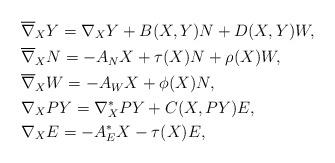
LaTeX: \begin{align*} &\overline{\nabla}_{X}Y=\nabla_{X}Y+B(X,Y)N+D(X,Y)W,\\ &\overline{\nabla}_{X}N=-A_{N}X+\tau(X)N+\rho(X)W,\\ &\overline{\nabla}_{X}W=-A_{W}X+\phi(X)N,\\ &\nabla_{X}PY = \nabla^{*}_{X}PY + C(X,PY)E,\\ &\nabla_{X}E =-A^{ * }_{E}X -\tau(X) E, \end{align*}